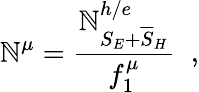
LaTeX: \mathbb{N}^{\mu}=\frac{{\mathbb{N}_{S_{E}+\overline{{{S}}}_{H}}^{h/e}}}{{f_{1}^{\mu}}}\; \; ,